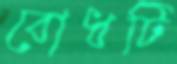
বোধটি